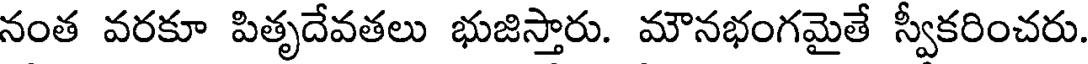
నంత వరకూ పితృదేవతలు భుజిస్తారు. మౌనభంగమైతే స్వీకరించరు.